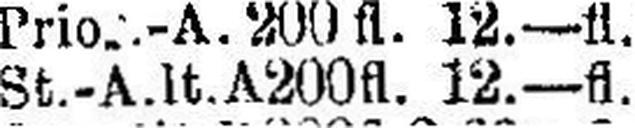
St.-A.lt.A 200 fl. 12.—fl.